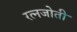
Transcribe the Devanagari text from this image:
रत्नजोती